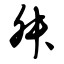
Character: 舛